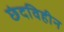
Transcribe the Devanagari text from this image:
छंदविहीन